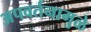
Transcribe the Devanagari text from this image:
अपवर्तनामुळे